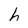
Character: h